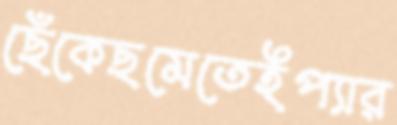
ছেঁকেছমেতেইপ্যার